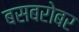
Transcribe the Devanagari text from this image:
बसबरोबर